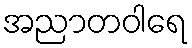
အညာတဝါရေ